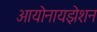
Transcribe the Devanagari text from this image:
आयोनायझेशन